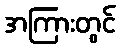
အကြားတွင်